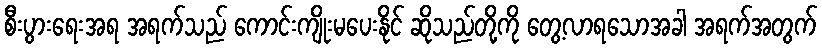
စီးပွားရေးအရ အရက်သည် ကောင်းကျိုးမပေးနိုင် ဆိုသည်တို့ကို တွေ့လာရသောအခါ အရက်အတွက်